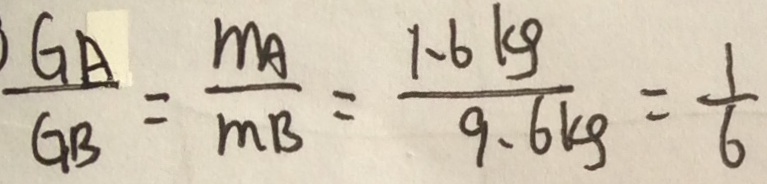
\frac { G A } { G B } = \frac { m A } { m B } = \frac { 1 . 6 k g } { 9 . 6 k g } = \frac { 1 } { 6 }